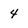
Character: 4